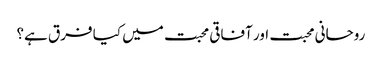
روحانی محبت اور آفاقی محبت میں کیا فرق ہے؟